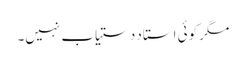
مگر کوئی استاد دستیاب نہیں۔